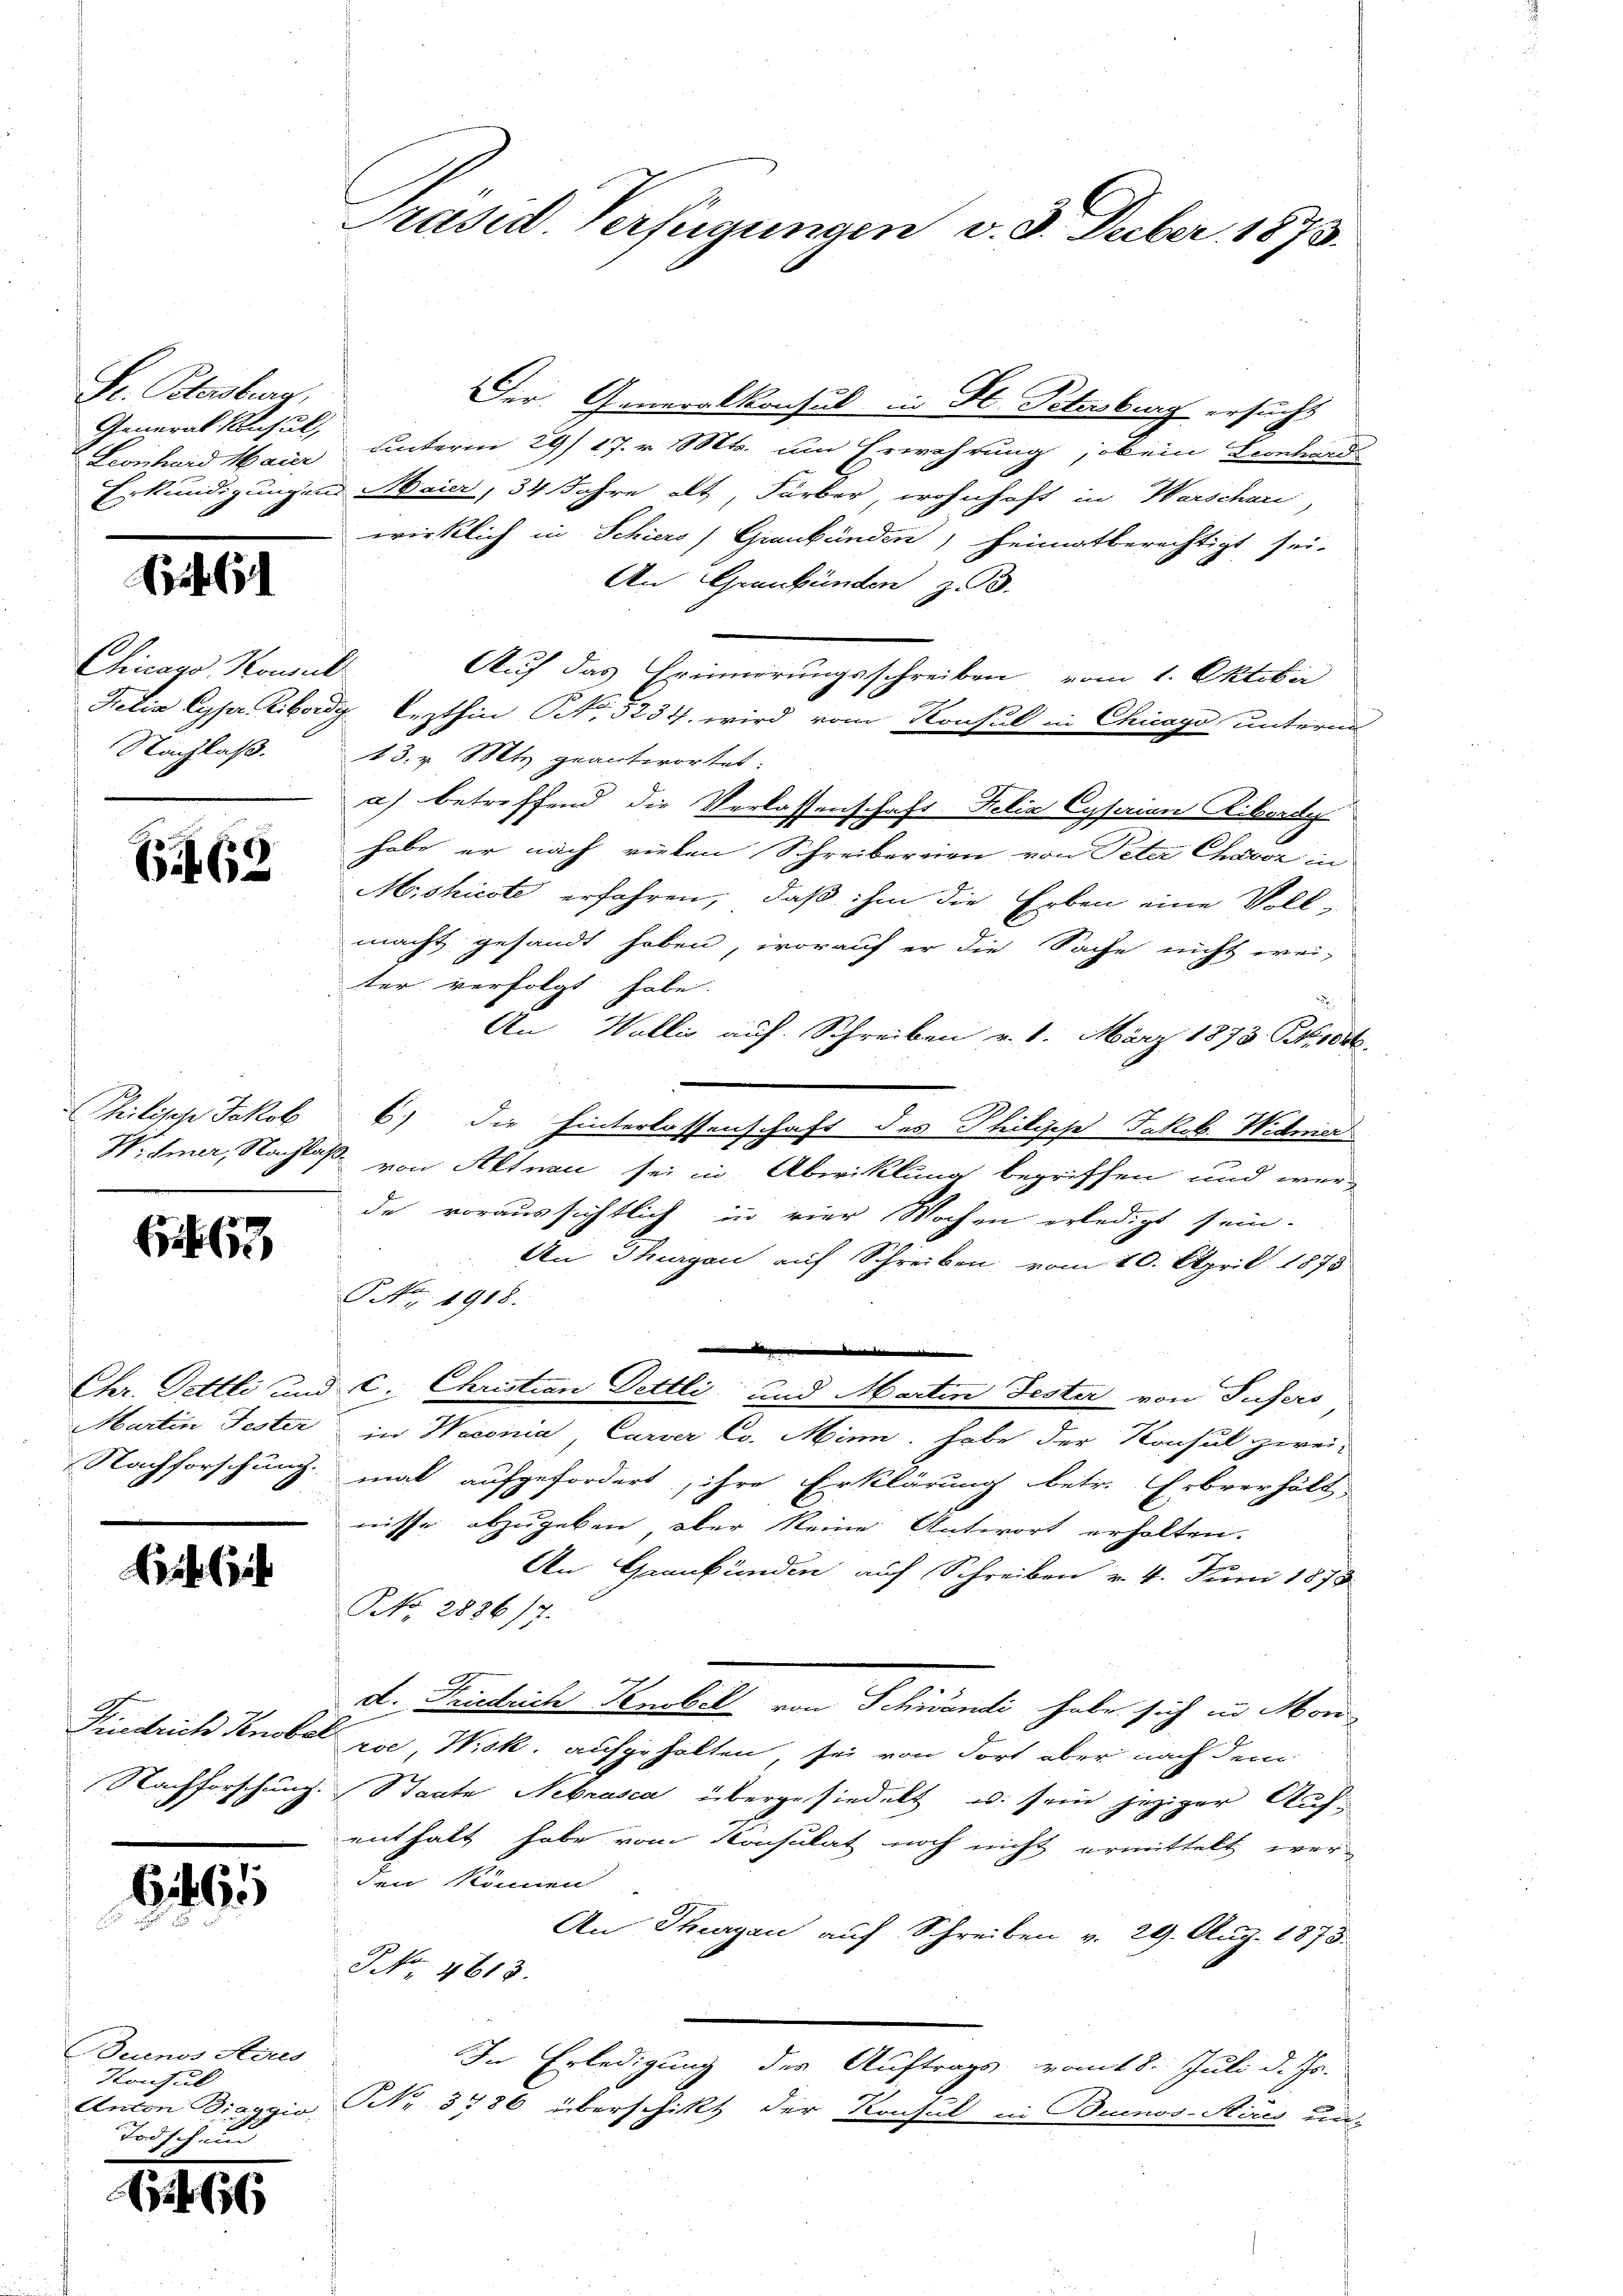
S. Petenburg,
General Consul,
Leonhard Maier
Erkundigungen

61

Chicans Konsul
Felix Cyser Ribordi
Nachlaß.

6f 62

hilische Jakob
W. Gener, Nachlass

Ef

Chr. Gottli und
Martin Fester
Nachforschung.

Es lieb

Friedrich Knobel
Nachforschung.

6461

Buenos Aires
Konsul
Anton Diaggio

1466

Präsid. Verfügungen v. 3. Deber 1873.

Der Generalkonsul in St. Petersburg ersucht
unterm 29/ 17. v. Mts. um Erwährung, ob ein Bernhards
Maier, 34 Jahre alt, Färber, wohnhaft in Warschar,
wirklich in Schiers) Graubünden, heimatberechtigt sei.
An Graubünden z. 93.
Auf das Erinnerungsschreiben vom 1. Oktober
2 lezthin No. 5234. wird vom Konsul in Chicago unterm
13. v. Mts. geantwortet.
a) betreffend die Verlassenschaft Felix Cysarian Kiborde
habe er nach vielen Schreibereien von Peter Chevor in
Miskieste erfahren, daß ihm die Erben eine Voll-
macht gesandt haben, worauf er die Sache nicht wei-
ter verfolgt habe.
An Wallis auf. Schreiben v. 1. März 1873. Pro
6) die hinterlassenschaft des Philische Jakob Widmer
von Altnau sei in Abwicklung begriffen und werde voraussichtlich in vier Wochen erledigt sein.
An Thurgau auf Schreiben, vom 10. April 1878
Ao. 1918.
e
C. Christian Pettli und Martin Fester von Tufers
in Waconia, Carver Co. Minn, habe der Konsul zwei-
mal aufgefordert, ihre Erklärung betr. Erbverhält
nisse abzugeben, aber keine Antwort erholten.
An Graubünden auf Schreiben v. 4. Juni 1873.
NNo. 2886/7.
2
d. Friedrich Tenobel von Schwandi habe sich in Mord
roe, Wisk. aufgehalten sei von dort aber nach dem
Staate Nekrasca übergesiedelt u. sein jeziger Aufenthalt habe vom Konsulat noch nicht ermittelt weren können
An Thurgau auf Schreiben v. 29. Aug. 1873.
J No 4613.
In Erledigung des Auftrags vom 18. Juli d. Js.
NNr. 3186 überschikt der Konsul in Buenos-Sires un-